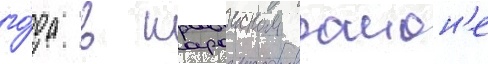
го́да в шароиском раион'е